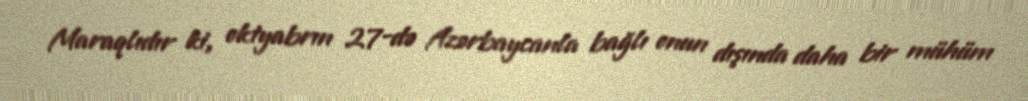
Maraqlıdır ki, oktyabrın 27-də Azərbaycanla bağlı onun dışında daha bir mühüm